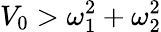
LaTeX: V_{0}>\omega_{1}^{2}+\omega_{2}^{2}